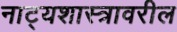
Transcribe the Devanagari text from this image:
नाट्यशास्त्रावरील